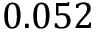
0 . 0 5 2